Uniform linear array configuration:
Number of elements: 4
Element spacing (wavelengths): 1
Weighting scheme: uniform
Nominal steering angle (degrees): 0
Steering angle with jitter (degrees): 1.318
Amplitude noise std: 0.05
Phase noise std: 0.05

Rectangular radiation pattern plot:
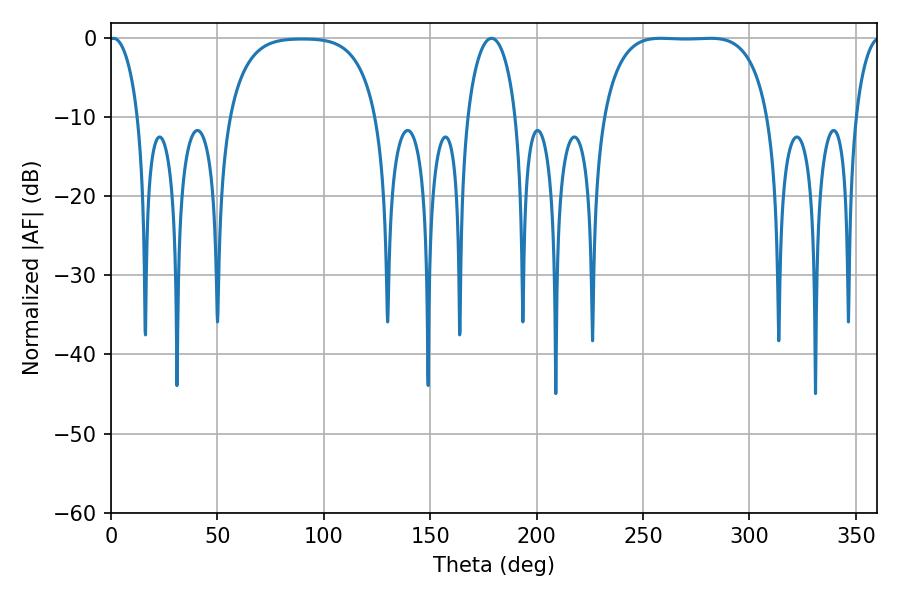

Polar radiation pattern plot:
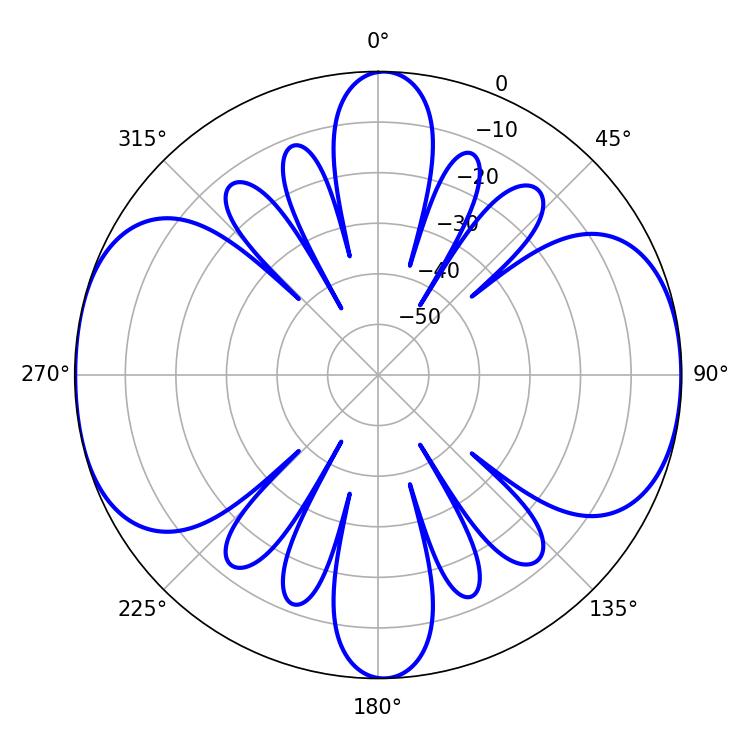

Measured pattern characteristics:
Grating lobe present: TRUE
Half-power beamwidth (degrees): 60.48
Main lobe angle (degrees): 258.3